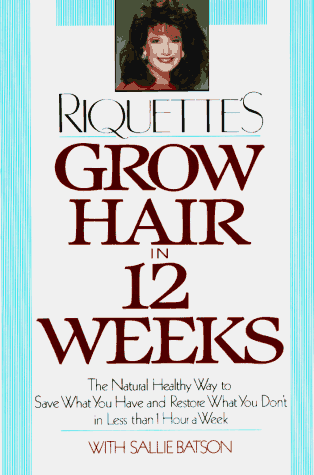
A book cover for Grow Hair in Twelve Weeks: The Natural Way to Save What You Have and Restore What You Don't in Less Than; Riquette Hofstein; Health, Fitness & Dieting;